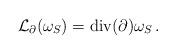
LaTeX: \begin{align*} \mathcal L_\partial(\omega_S) = \mathrm{div}(\partial)\omega_S\,.\end{align*}